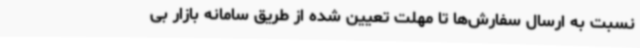
نسبت به ارسال‌ سفارش‌ها تا مهلت تعیین شده از طریق سامانه بازار بی